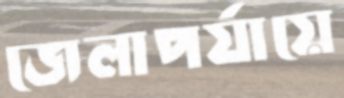
জেলাপর্যায়ে